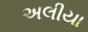
અલીયા